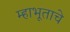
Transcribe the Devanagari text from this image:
म्हाभूताचे